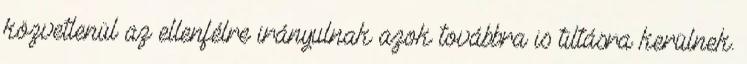
közvetlenül az ellenfélre irányulnak azok továbbra is tiltásra kerülnek.